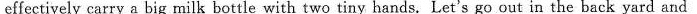
effectively carry a big milk bottle with two tiny hands. Let's go out in the back yard and